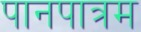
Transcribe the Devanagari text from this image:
पानपात्रम